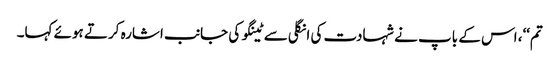
تم‘‘، اس کے باپ نے شہادت کی انگلی سے ٹینگو کی جانب اشارہ کرتے ہوئے کہا۔